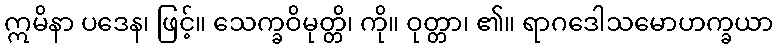
ဣမိနာ ပဒေန၊ ဖြင့်။ သေက္ခဝိမုတ္တိ၊ ကို။ ဝုတ္တာ၊ ၏။ ရာဂဒေါသမောဟက္ခယာ